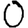
Digit: 0